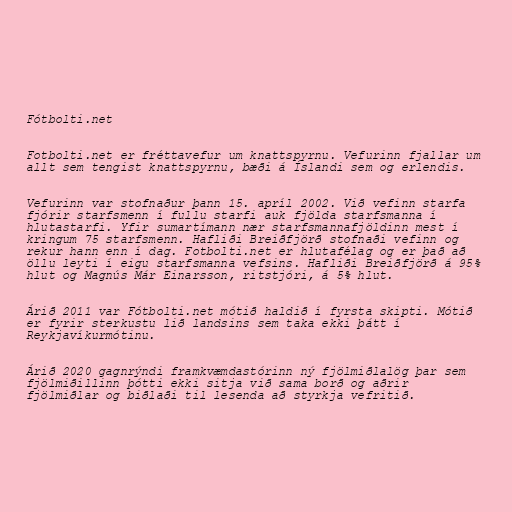
Fótbolti.net

Fotbolti.net er fréttavefur um knattspyrnu. Vefurinn fjallar um
allt sem tengist knattspyrnu, bæði á Íslandi sem og erlendis.

Vefurinn var stofnaður þann 15. apríl 2002. Við vefinn starfa
fjórir starfsmenn í fullu starfi auk fjölda starfsmanna í
hlutastarfi. Yfir sumartímann nær starfsmannafjöldinn mest í
kringum 75 starfsmenn. Hafliði Breiðfjörð stofnaði vefinn og
rekur hann enn í dag. Fotbolti.net er hlutafélag og er það að
öllu leyti í eigu starfsmanna vefsins. Hafliði Breiðfjörð á 95%
hlut og Magnús Már Einarsson, ritstjóri, á 5% hlut.

Árið 2011 var Fótbolti.net mótið haldið í fyrsta skipti. Mótið
er fyrir sterkustu lið landsins sem taka ekki þátt í
Reykjavíkurmótinu.

Árið 2020 gagnrýndi framkvæmdastórinn ný fjölmiðlalög þar sem
fjölmiðillinn þótti ekki sitja við sama borð og aðrir
fjölmiðlar og biðlaði til lesenda að styrkja vefritið.